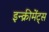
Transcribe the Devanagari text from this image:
इन्‍क्रीमेंट्‌स